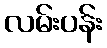
လမ်းပန်း